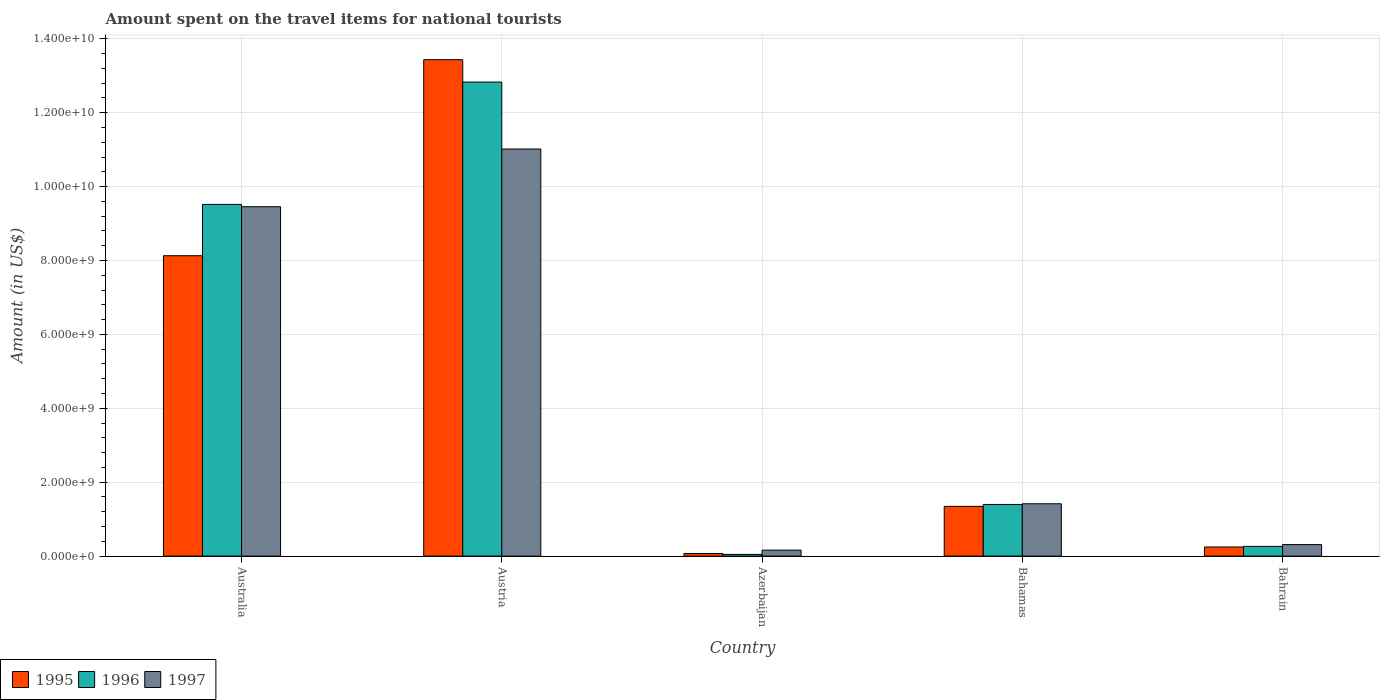
| Country | 1995 | 1996 | 1997 |
 | --- | --- | --- | --- |
 | Australia | 8.13e+09 | 9.52e+09 | 9.46e+09 |
 | Austria | 1.34e+10 | 1.28e+10 | 1.1e+10 |
 | Azerbaijan | 7e+07 | 4.6e+07 | 1.62e+08 |
 | Bahamas | 1.35e+09 | 1.4e+09 | 1.42e+09 |
 | Bahrain | 2.47e+08 | 2.63e+08 | 3.11e+08 |